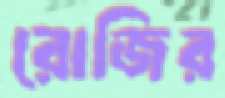
রোজির